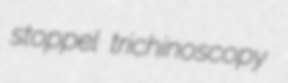
stoppel trichinoscopy